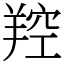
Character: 羫